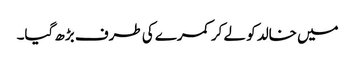
میں خالد کو لے کر کمرے کی طرف بڑھ گیا۔